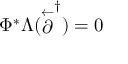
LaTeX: \Phi ^ { * } \Lambda ( \stackrel { \leftarrow } { \partial } ^ { \dagger } ) = 0